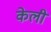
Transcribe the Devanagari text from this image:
केली